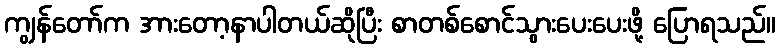
ကျွန်တော်က အားတော့နာပါတယ်ဆိုပြီး စာတစ်စောင်သွားပေးပေးဖို့ ပြောရသည်။